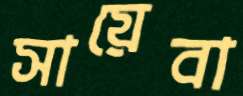
সায়েবা